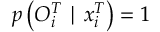
p \left( O _ { i } ^ { T } \mid x _ { i } ^ { T } \right) = 1